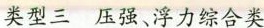
类型三压强、浮力综合类